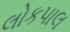
લોકપાલ